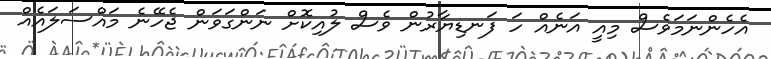
އެހެންނަމަވެސް މިއީ އަނެއް ހަ ފަނޑިޔާރުން ވެސް ލުއިކޮށް ނަންގަވަން ޖެހޭނެ މައްސަލައެއް